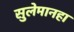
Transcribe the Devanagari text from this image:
सुलेमानहा